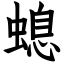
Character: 螅